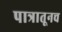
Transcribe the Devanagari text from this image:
पात्रातूनच